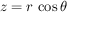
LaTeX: z = r \, \cos \theta